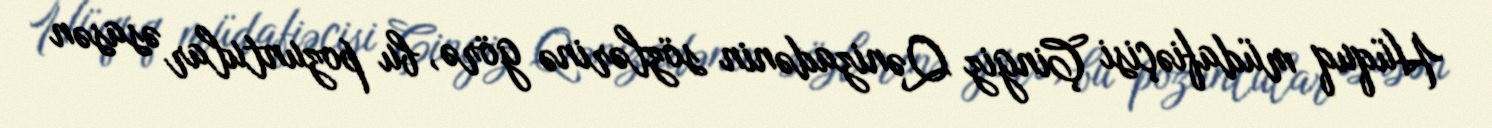
Hüquq müdafiəçisi Çingiz Qənizadənin sözlərinə görə, bu pozuntular əsasən